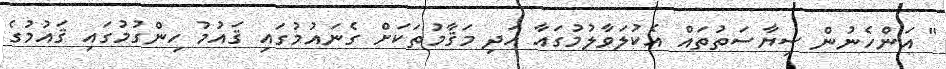
" އަންހެނުން ސިޔާސަތުތައް އެކުލަވާލުމުގައާ އަދި މަޤާމުތަކަށް ގެނައުމުގައި ޤައުމު ހިންގުމުގައި ޤައުމުގެ